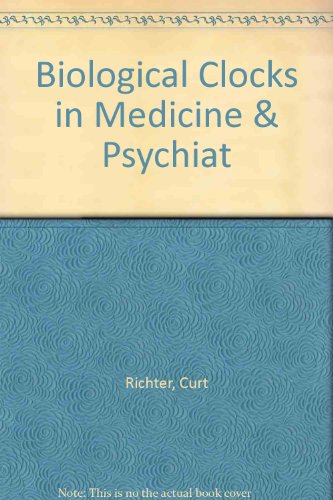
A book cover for Biological Clocks in Medicine & Psychiatry: The Thomas William Salmon Memorial Lectures--Johns Hopkins Medical School  [Illustrated]; Curt Paul, Johns Hopkins Medical School. Richter; Education & Teaching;